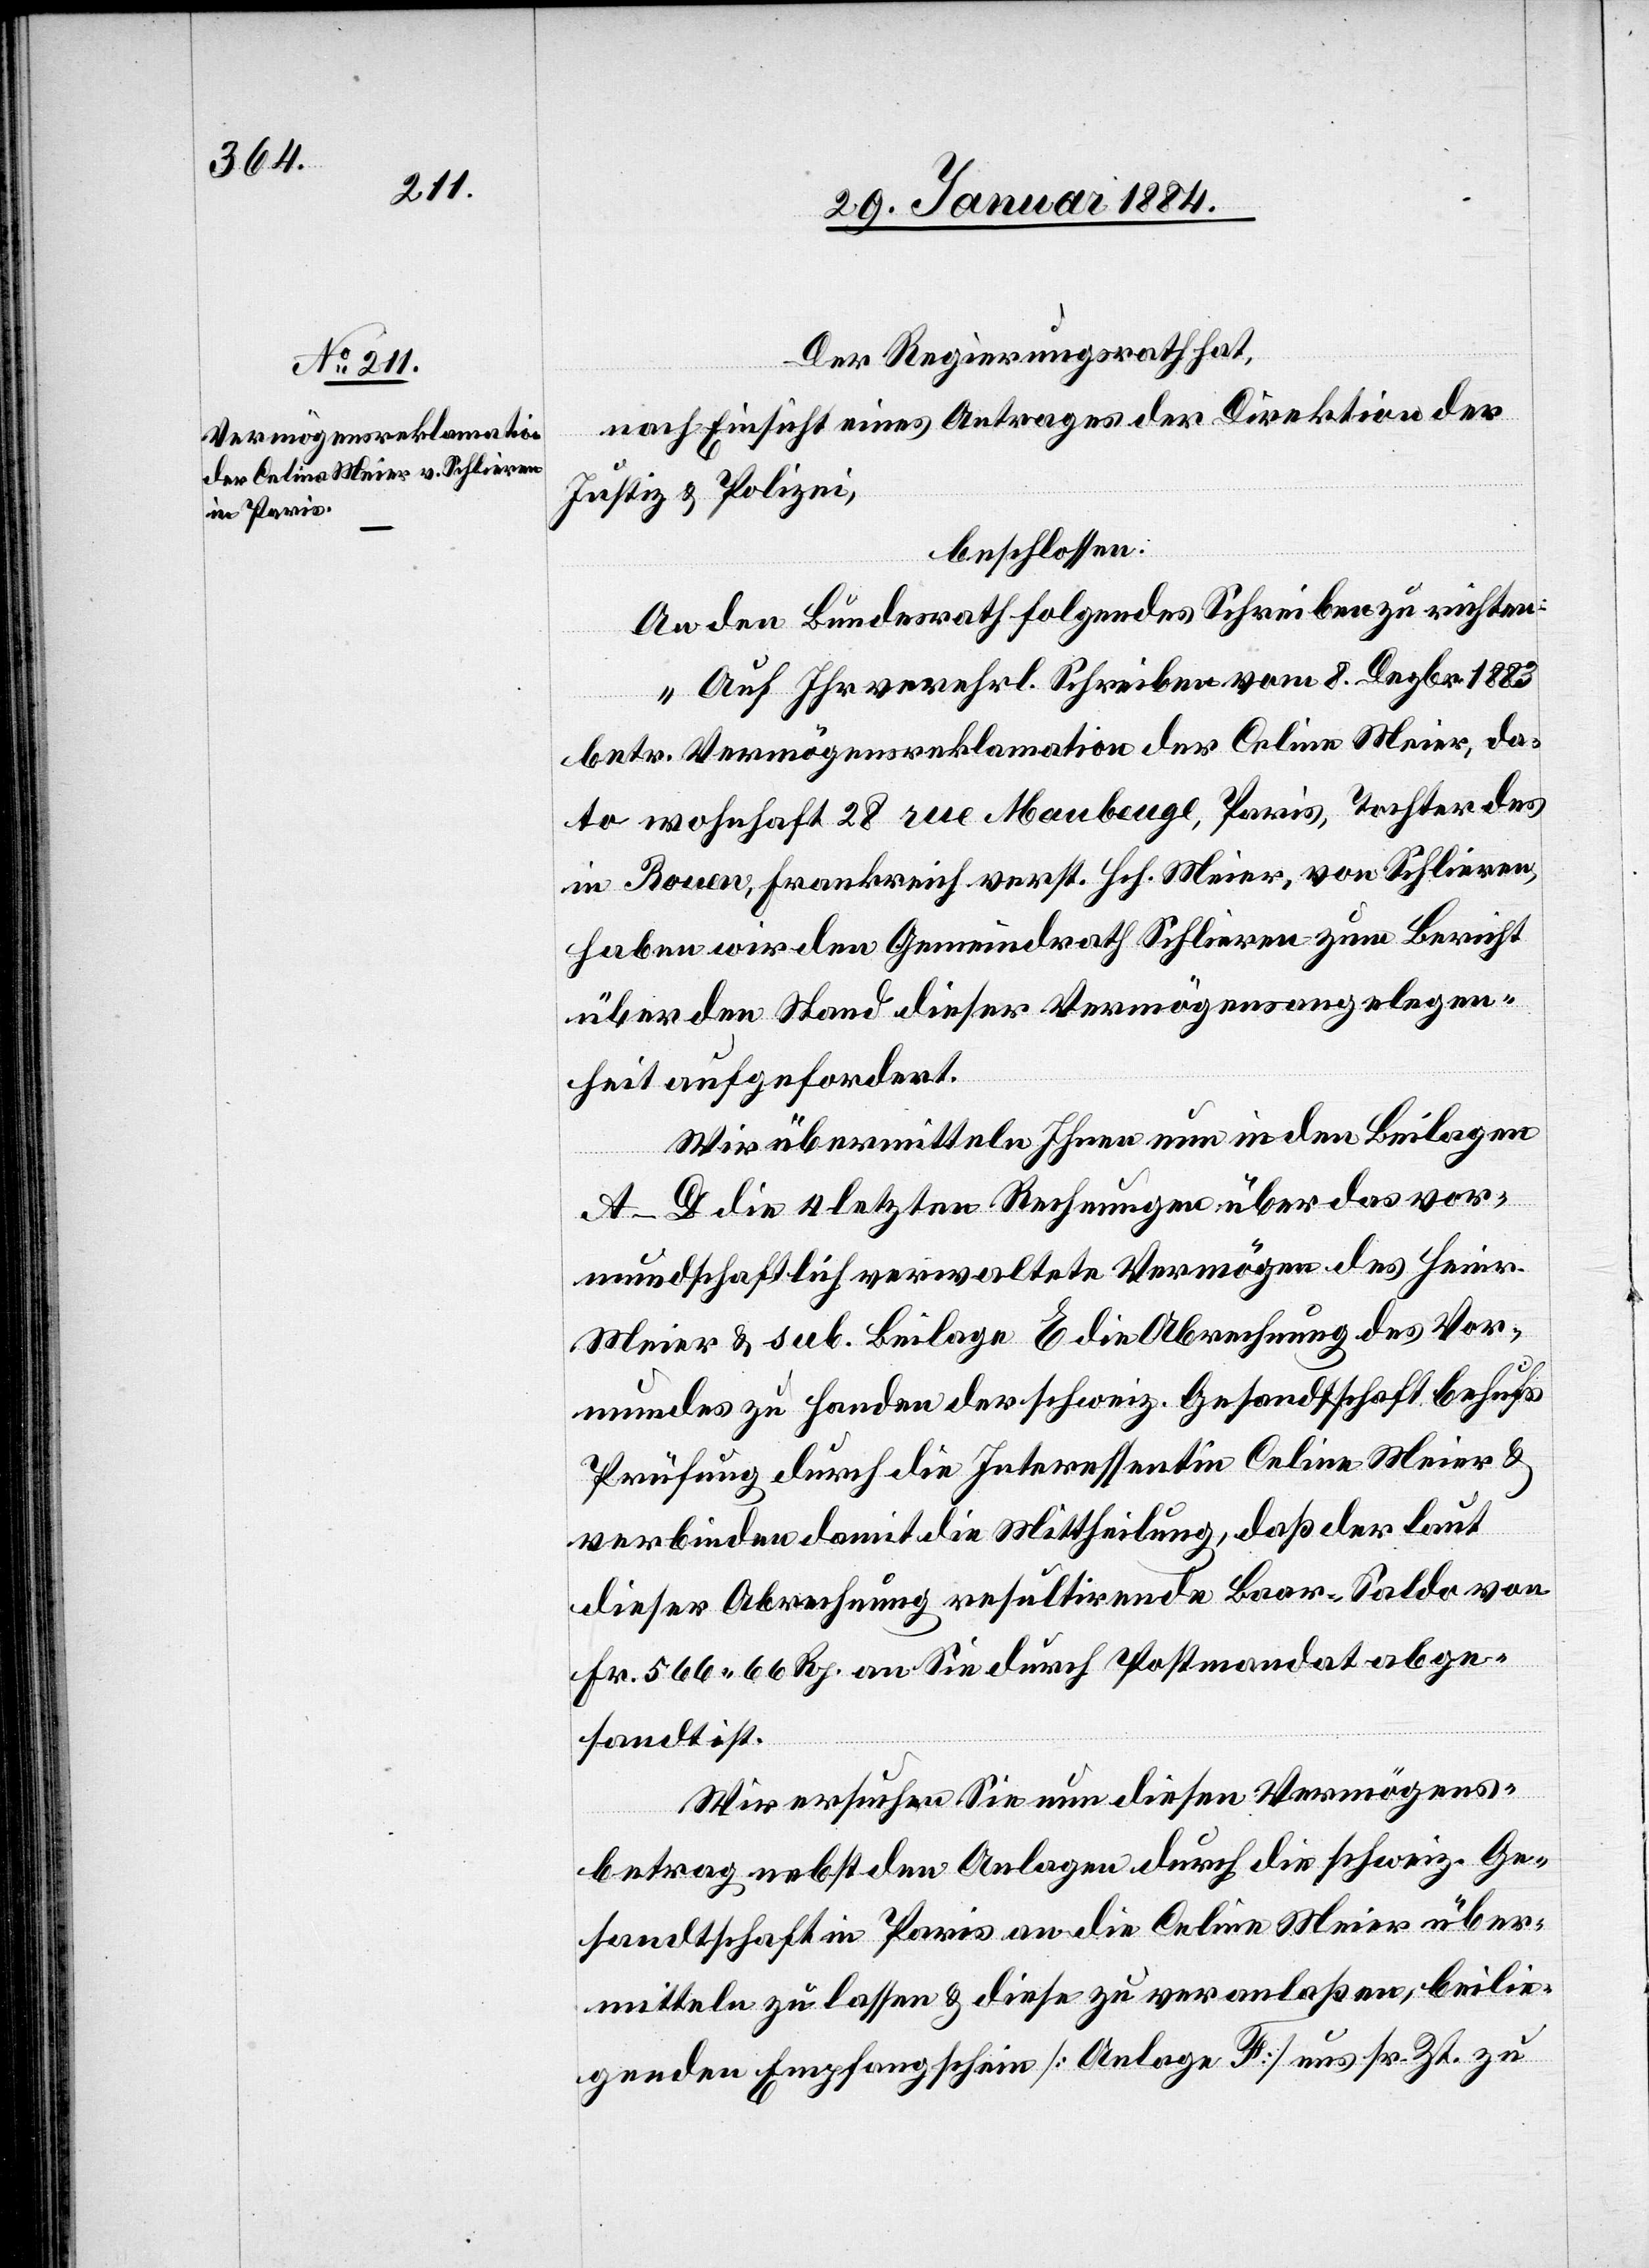
30. Januar 1884.]
Der Regierungsrath hat,
nach Einsicht eines Antrages der Direktion der
Justiz & Polizei,
beschlossen:
An den Bundesrath folgendes Schreiben zu richten:
„Auf Ihr verehrl. Schreiben vom 8. Dezbr. 1883
betr. Vermögensreklamation der Celine Meier, da¬
to wohnhaft 28 rue Maubeuge, Paris, Tochter des
in Rouen, Frankreich verstr. Hch. Meier, von Schlieren,
haben wir den Gemeindrath Schlieren zum Bericht
über den Stand dieser Vermögensangelegen¬
heiten aufgefordert.
Wir übermitteln Ihnen nun in den Beilagen
A–D die 3 letzten Rechnungen über das vor¬
mundschaftlich verwaltete Vermögen des Heinr.
Meier & sub. Beilage E die Abrechnung des Vor¬
mundes zu Handen der schweiz. Gesandtschaft behufs
Prüfung durch die Interessentin Celine Meier &
verbinden damit die Mittheilung, daß der laut
dieser Abrechnung resultirende Baar-Saldo von
Fr. 566 66 Rp. an Sie durch Postmandat abge¬
sandt ist.
Wir ersuchen Sie diesen Vermögens¬
betrag nebst den Anlagen durch die schweiz. Ge¬
sandtschaft in Paris an die Celine Meier über¬
mitteln zu lassen & diese zu veranlaßen, beillie¬
genden Empfangschein [Anlage F] uns sr. Zt. zu